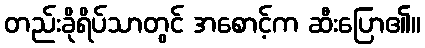
တည်းခိုရိပ်သာတွင် အစောင့်က ဆီးပြော၏။